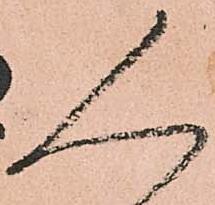
人